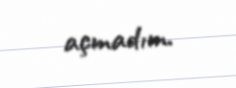
açmadım.